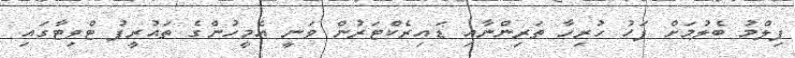
ފިލްމު ބެލުމަށް ފަހު ހުރިހާ ތަރިންނާއި ޑައިރެކްޓަރުން ވަނީ އެމީހުންގެ ތައުރީފު ޓްވިޓާގައި